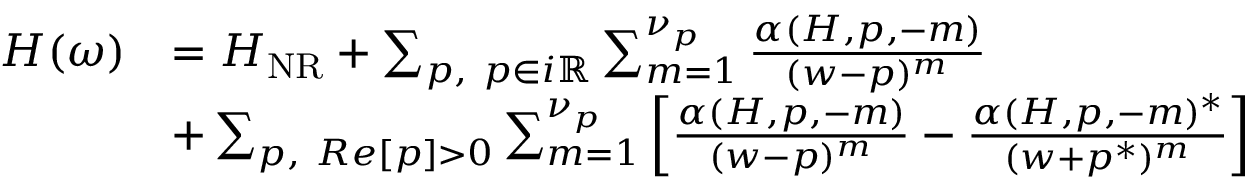
\begin{array} { r } { \begin{array} { r l } { H ( \omega ) } & { = H _ { \mathrm { N R } } + \sum _ { p , ~ p \in i \mathbb { R } } \sum _ { m = 1 } ^ { \nu _ { p } } \frac { \alpha ( H , p , - m ) } { ( w - p ) ^ { m } } } \\ & { + \sum _ { p , ~ R e [ p ] > 0 } \sum _ { m = 1 } ^ { \nu _ { p } } \left[ \frac { \alpha ( H , p , - m ) } { ( w - p ) ^ { m } } - \frac { \alpha ( H , p , - m ) ^ { * } } { ( w + p ^ { * } ) ^ { m } } \right] } \end{array} } \end{array}